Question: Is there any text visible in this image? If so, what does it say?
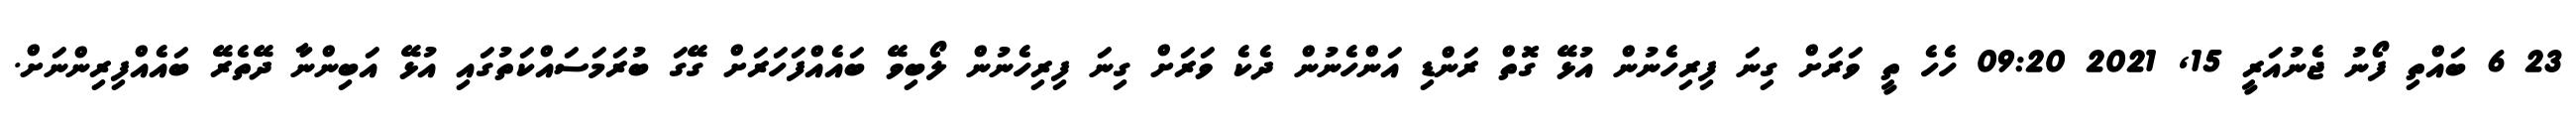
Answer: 23 6 ބައްތި ފޯނު ޖެނުއަރީ 15, 2021 09:20 ހެހެ ތީ ވަރަށް ގިނަ ފިރިހެނުން އުޅޭ ގޮތް ރަންޑި އަންހެނުން ދެކެ ވަރަށް ގިނަ ފިރިހެނުން ލޯބިވޭ ބައެއްފަހަރަށް ގޭގަ ބުރަމަސައްކަތުގައި އުޅޭ އަބިންނާ ދޭތެރޭ ބައެއްފިރިންނަށް.